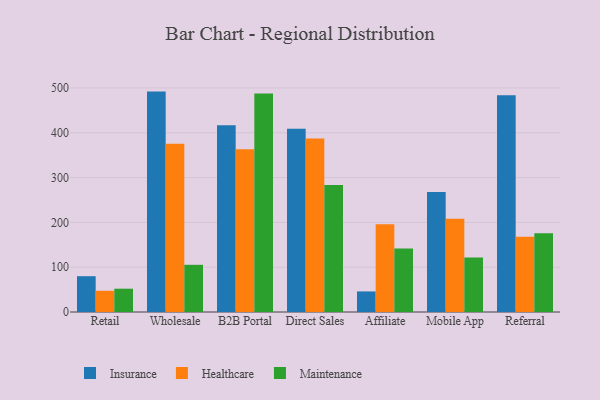
{"axis": {"x": "Channel", "y": "Market Share (%)"}, "legend": ["Healthcare", "Insurance", "Maintenance"], "data": [{"x": "Retail", "y": 79.9, "type": "Insurance"}, {"x": "Retail", "y": 47.4, "type": "Healthcare"}, {"x": "Retail", "y": 52.0, "type": "Maintenance"}, {"x": "Wholesale", "y": 491.8, "type": "Insurance"}, {"x": "Wholesale", "y": 375.3, "type": "Healthcare"}, {"x": "Wholesale", "y": 105.3, "type": "Maintenance"}, {"x": "B2B Portal", "y": 416.8, "type": "Insurance"}, {"x": "B2B Portal", "y": 363.2, "type": "Healthcare"}, {"x": "B2B Portal", "y": 487.3, "type": "Maintenance"}, {"x": "Direct Sales", "y": 409.1, "type": "Insurance"}, {"x": "Direct Sales", "y": 387.0, "type": "Healthcare"}, {"x": "Direct Sales", "y": 283.6, "type": "Maintenance"}, {"x": "Affiliate", "y": 45.9, "type": "Insurance"}, {"x": "Affiliate", "y": 195.9, "type": "Healthcare"}, {"x": "Affiliate", "y": 141.7, "type": "Maintenance"}, {"x": "Mobile App", "y": 267.7, "type": "Insurance"}, {"x": "Mobile App", "y": 208.0, "type": "Healthcare"}, {"x": "Mobile App", "y": 121.4, "type": "Maintenance"}, {"x": "Referral", "y": 483.4, "type": "Insurance"}, {"x": "Referral", "y": 167.7, "type": "Healthcare"}, {"x": "Referral", "y": 175.8, "type": "Maintenance"}]}